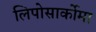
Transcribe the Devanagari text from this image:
लिपोसार्कोमा